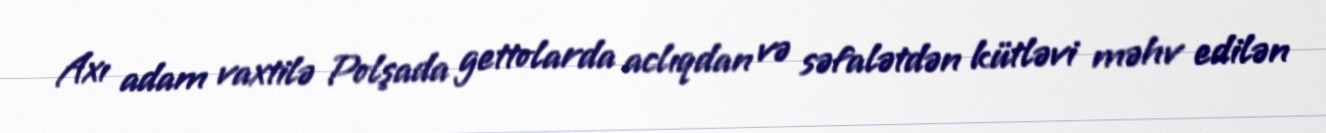
Axı adam vaxtilə Polşada gettolarda aclıqdan və səfalətdən kütləvi məhv edilən